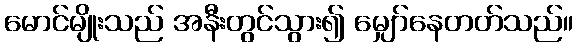
မောင်မျိုးသည် အနီးတွင်သွား၍ မျှော်နေတတ်သည်။